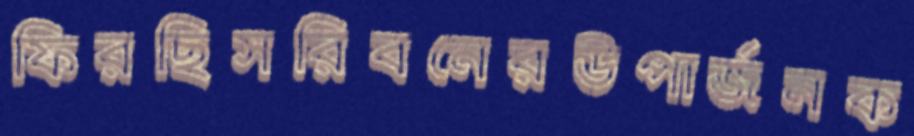
ফিরছিসরিবনেরউপার্জনক